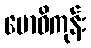
ဗောဓိကုန်း